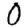
Digit: 0